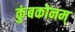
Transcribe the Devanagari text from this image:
कुंबकोनम्